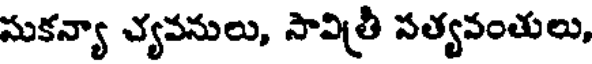
సుకన్యా చ్యవనులు, సావిత్రీ సత్యవంతులు,